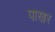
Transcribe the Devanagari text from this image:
पाखर